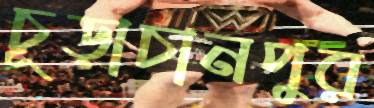
চূড়াচানপুর